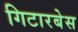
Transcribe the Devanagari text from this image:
गिटारबेस